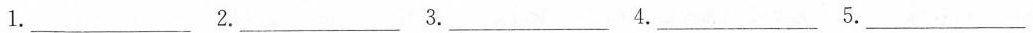
1.___ 2.___ 3.___ 4.___ 5.___